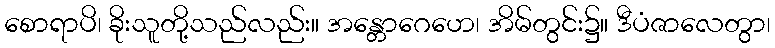
စောရာပိ၊ ခိုးသူတို့သည်လည်း။ အန္တောဂေဟေ၊ အိမ်တွင်း၌။ ဒီပံဇာလေတွာ၊